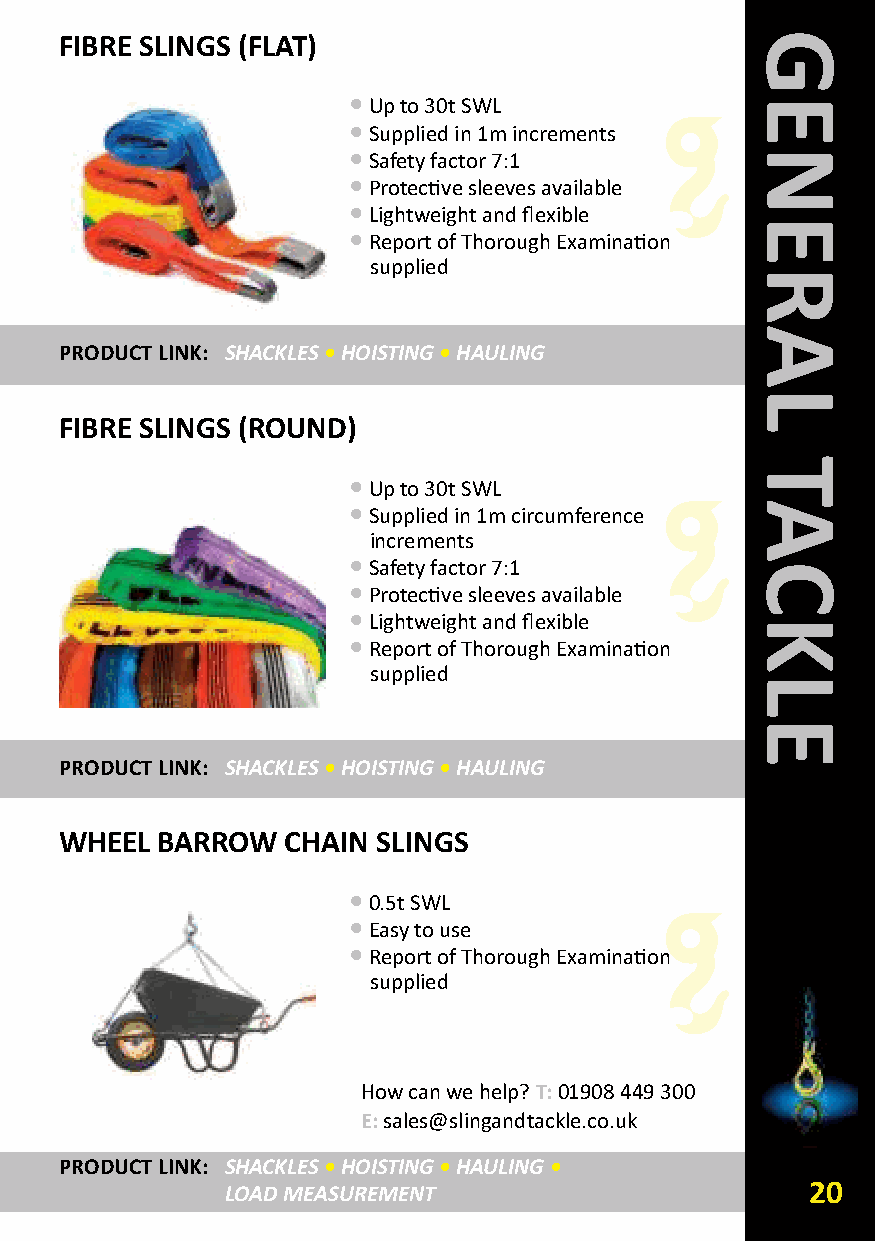
FIBRE SLINGS (FLAT)
 •Up to 30t SWL
 •Supplied in 1m increments
 •Safety factor 7:1
 •Protective sleeves available
 •Lightweight and flexible
 •Report of Thorough Examination
 supplied
 PRODUCT LINk: SHACKLES •HOISTING •HAULING
 FIBRE SLINGS (ROUND)
 •Up to 30t SWL
 •Supplied in 1m circumference
 increments
 •Safety factor 7:1
 •Protective sleeves available
 •Lightweight and flexible
 •Report of Thorough Examination
 supplied
 PRODUCT LINk: SHACKLES •HOISTING •HAULING
 WHEEL BARROW   CHAIN SLINGS
 •0.5t SWL
 •Easy to use
 •Report of Thorough Examination
 supplied
 How can we help? T:01908 449 300
 E:sales@slingandtackle.co.uk
 PRODUCT LINk: SHACKLES •HOISTING •HAULING •
 LOAD MEASUREMENT                      20
 GENERAL
 TACkLE